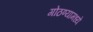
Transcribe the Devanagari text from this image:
गोठण्यामध्ये